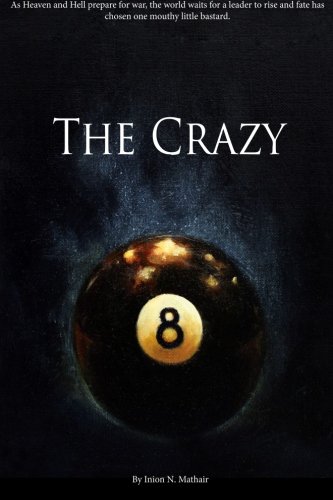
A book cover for The Crazy 8: As Heaven and Hell prepare for war, the world waits for a leader to rise and fate has chosen one mouthy little bastard. (Bastard Chronicles) (Volume 2); Inion N. Mathair; Science Fiction & Fantasy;